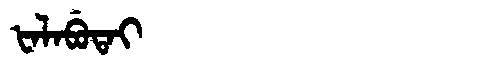
Manchu: ᡶᠠᠯᠠᠪᡠᡨᠠᡳ
Romanization: FALABUTAI